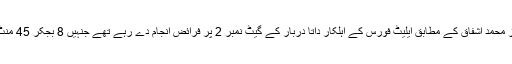
ڈی آئی جی آپریشنز محمد اشفاق کے مطابق ایلیٹ فورس کے اہلکار داتا دربار کے گیٹ نمبر 2 پر فرائض انجام دے رہے تھے جنہیں 8 بجکر 45 منٹ پر نشانہ بنایا گیا۔